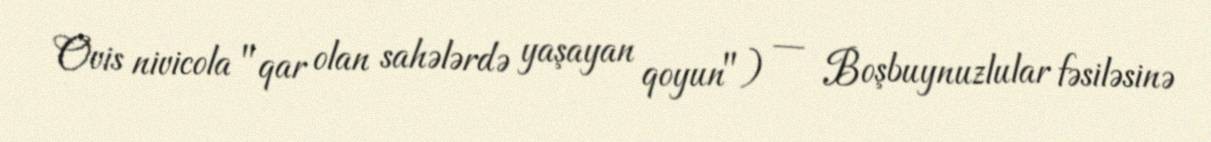
Ovis nivicola "qar olan sahələrdə yaşayan qoyun") — Boşbuynuzlular fəsiləsinə